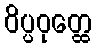
ဝိပ္ပဝုတ္ထေ